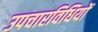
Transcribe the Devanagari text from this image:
उपचारविधियों